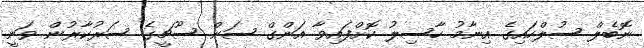
ނޮބެލް ސުލްހައިގެ އިނާމު ހާސިލު ކޮށްފައިވާ އަންގް ސަން ސޫޗީގެ ސަރުކާރުން ވަނީ